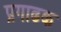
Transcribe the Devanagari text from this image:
प्रगाढक